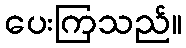
ပေးကြသည်။